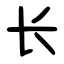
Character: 长